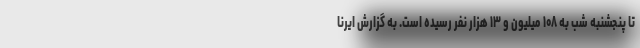
تا پنجشنبه شب به ۱۰۸ میلیون و ۱۳ هزار نفر رسیده است. به گزارش ایرنا